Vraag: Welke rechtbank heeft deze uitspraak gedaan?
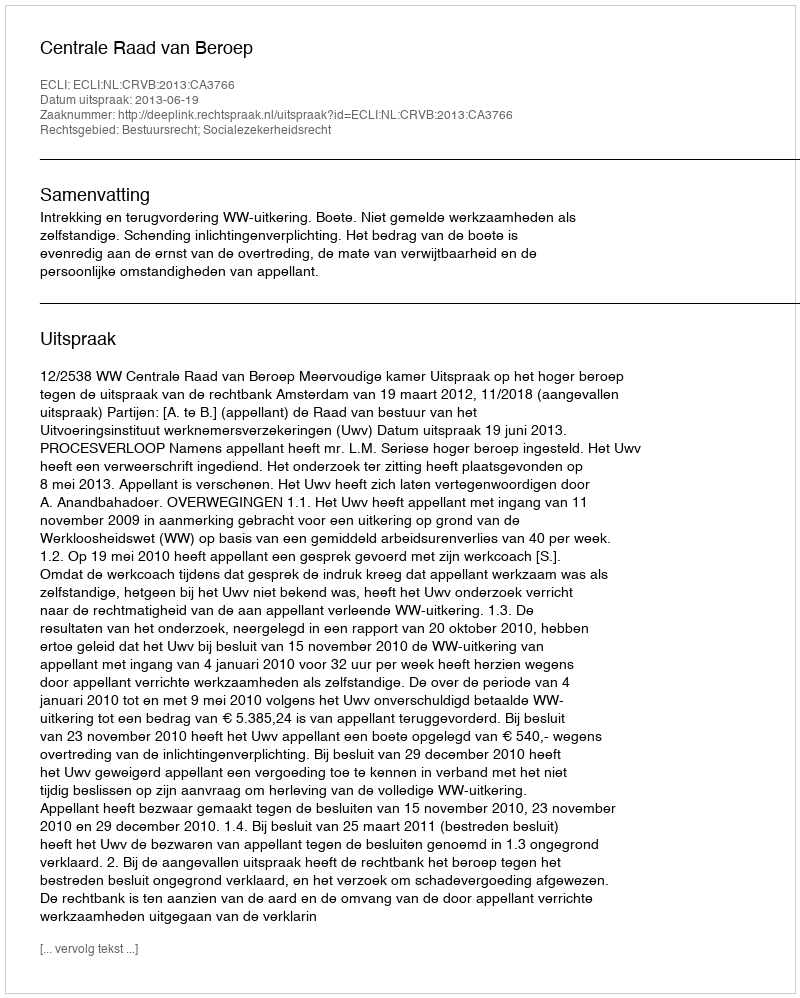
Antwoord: Centrale Raad van Beroep